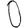
Digit: 0